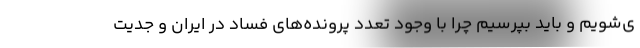
ی‌شویم و باید بپرسیم چرا با وجود تعدد پرونده‌های فساد در ایران و جدیت